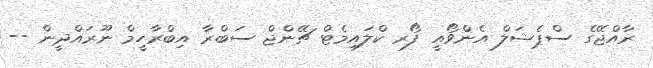
ރާއްޖޭގެ ސްޕެޝަލް އެންވޯއީ ފޯރ ކްލައިމެޓް ޗޭންޖް ސަބްރާ އިބްރާހީމް ނޫރައްދީން --